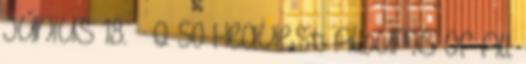
június 18. ↑ Q 50 Heaviest Albums of All